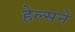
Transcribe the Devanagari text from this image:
हेल्सने